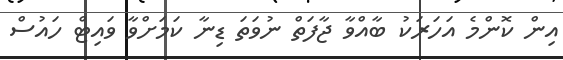
އިން ކޮންމެ އަހަރަކު ބާއްވާ ޖާފަތް ނުވަތަ ޑިނާ ކަމަށްވާ ވައިޓް ހައުސް